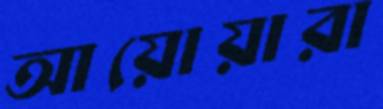
আয়োয়ারা